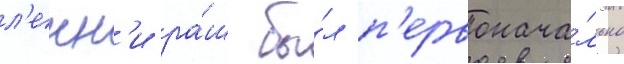
л'енн'и ра́ш бы́л п'ервонача́льно